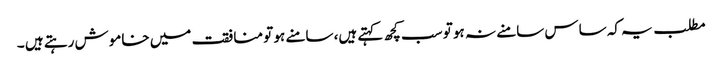
مطلب یہ کہ ساس سامنے نہ ہو تو سب کچھ کہتے ہیں، سامنے ہو تو منافقت میں خاموش رہتے ہیں ۔